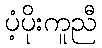
ပံ့ပိုးကူညီ